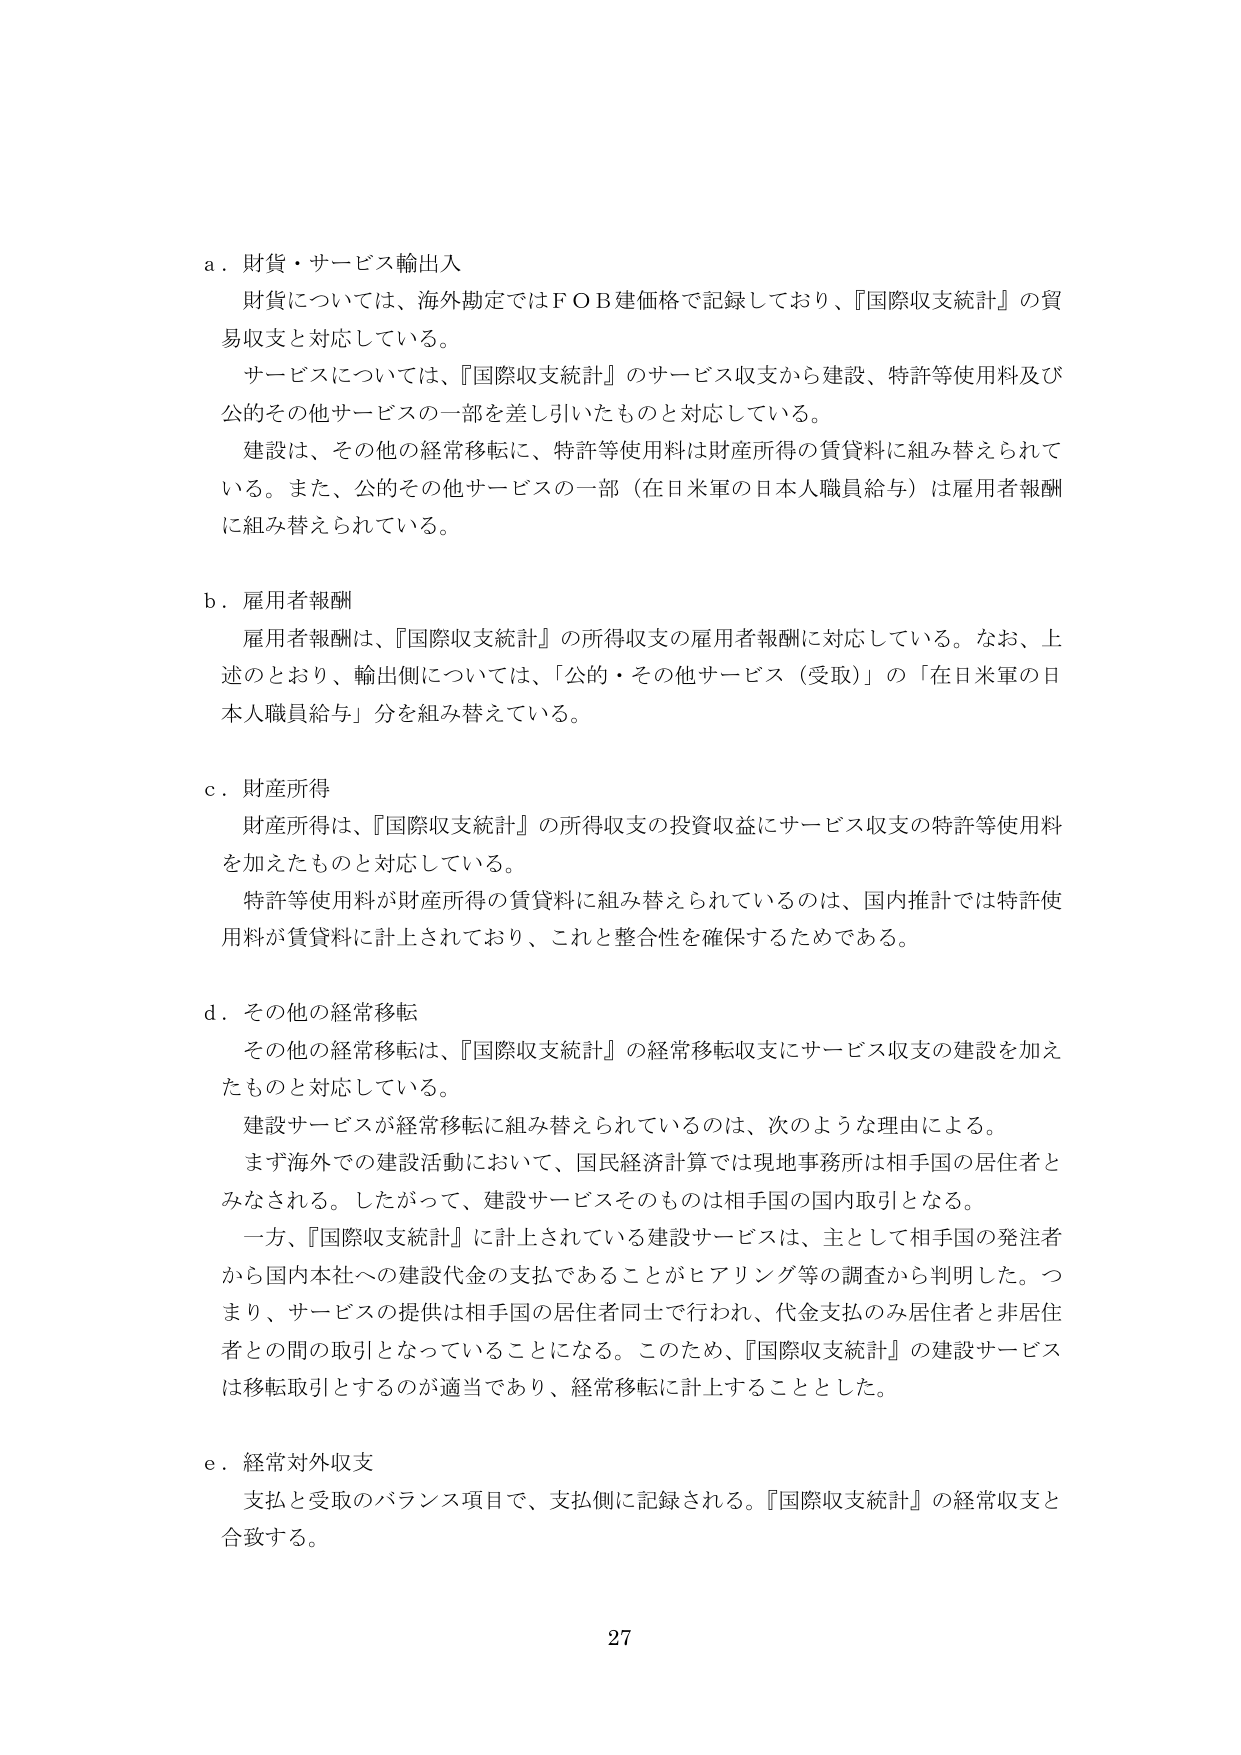
a．財貨・サービス輸出入
財貨については、海外勘定ではＦＯＢ価格で記録しており、『国際収支統計』の貿易収支と対応している。
サービスについては、『国際収支統計』のサービス収支から建設、特許等使用料及び公的その他サービスの一部を差し引いたものと対応している。
建設は、その他の経常移転に、特許等使用料は財産所得の賃貸料に組み替えられている。また、公的その他サービスの一部（在日米軍の日本人職員給与）は雇用者報酬に組み替えられている。

b．雇用者報酬
雇用者報酬は、『国際収支統計』の所得収支の雇用者報酬に対応している。なお、上述のとおり、輸出側については、「公的・その他サービス（受取）」の「在日米軍の日本人職員給与」分を組み替えている。

c．財産所得
財産所得は、『国際収支統計』の所得収支の投資収益にサービス収支の特許等使用料を加えたものと対応している。
特許等使用料が財産所得の賃貸料に組み替えられているのは、国内推計では特許使用料が賃貸料に計上されており、これと整合性を確保するためである。

d．その他の経常移転
その他の経常移転は、『国際収支統計』の経常移転収支にサービス収支の建設を加えたものと対応している。
建設サービスが経常移転に組み替えられているのは、次のような理由による。
まず海外での建設活動において、国民経済計算では現地事務所は相手国の居住者とみなされる。したがって、建設サービスそのものは相手国の国内取引となる。
一方、『国際収支統計』に計上されている建設サービスは、主として相手国の発注者から国内本社への建設代金の支払であることがヒアリング等の調査から判明した。つまり、サービスの提供は相手国の居住者同士で行われ、代金支払のみ居住者と非居住者との間の取引となっていることになる。このため、『国際収支統計』の建設サービスは移転取引とするのが適当であり、経常移転に計上することとした。

e．経常対外収支
支払と受取のバランス項目で、支払側に記録される。『国際収支統計』の経常収支と合致する。

27